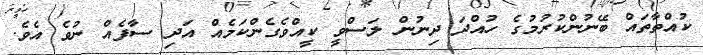
ކުއްތާތައް ބޭނުންކުރުމުގެ ހުއްދަ ދިނުން ލަސްވީ ކީއްވެެގެންކަމެއް އަދި ސާފެއް ނުވެ އެވެ.